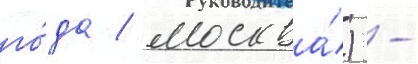
го́да / москва́) -